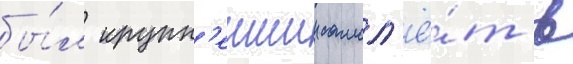
бы́л крупн'еишии самол'ё́т в